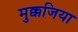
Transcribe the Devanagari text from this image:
मुक्कजिया